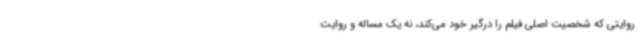
روایتی که شخصیت اصلی فیلم را درگیر خود می‌کند، نه یک مساله و روایت